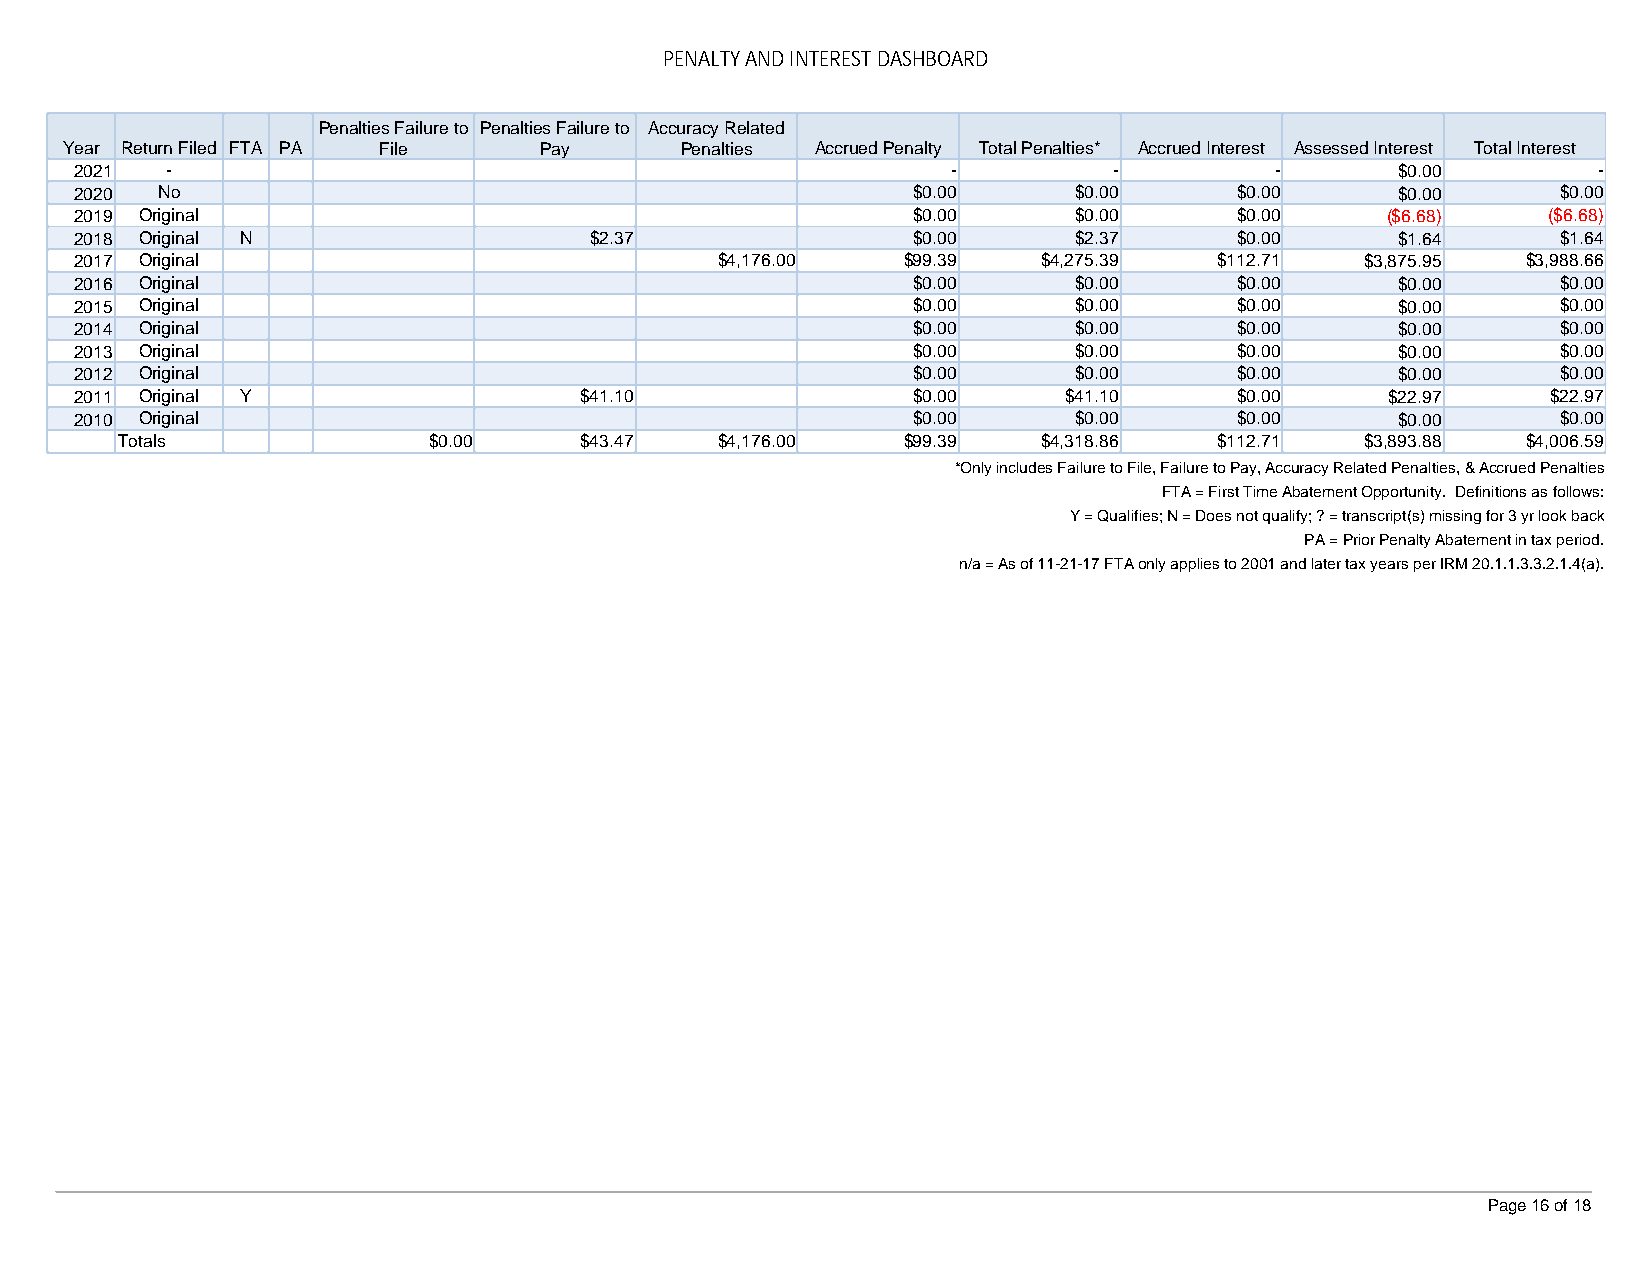
PENALTY AND INTEREST DASHBOARD
 Penalties Failure to Penalties Failure to Accuracy Related
 Year Return Filed FTA PA File   Pay      Penalties Accrued Penalty Total Penalties* Accrued Interest Assessed Interest Total Interest
 2021  -                                                   -          -         -        $0.00        -
 2020 No                                                $0.00      $0.00      $0.00      $0.00     $0.00
 2019 Original                                          $0.00      $0.00      $0.00     ($6.68)   ($6.68)
 2018 Original N                   $2.37                $0.00      $2.37      $0.00      $1.64     $1.64
 2017 Original                             $4,176.00    $99.39   $4,275.39   $112.71  $3,875.95  $3,988.66
 2016 Original                                          $0.00      $0.00      $0.00      $0.00     $0.00
 2015 Original                                          $0.00      $0.00      $0.00      $0.00     $0.00
 2014 Original                                          $0.00      $0.00      $0.00      $0.00     $0.00
 2013 Original                                          $0.00      $0.00      $0.00      $0.00     $0.00
 2012 Original                                          $0.00      $0.00      $0.00      $0.00     $0.00
 2011 Original Y                  $41.10                $0.00     $41.10      $0.00     $22.97     $22.97
 2010 Original                                          $0.00      $0.00      $0.00      $0.00     $0.00
 Totals              $0.00     $43.47   $4,176.00    $99.39   $4,318.86   $112.71  $3,893.88  $4,006.59
 *Only includes Failure to File, Failure to Pay, Accuracy Related Penalties, & Accrued Penalties
 FTA = First Time Abatement Opportunity. Definitions as follows:
 Y = Qualifies; N = Does not qualify; ? = transcript(s) missing for 3 yr look back
 PA = Prior Penalty Abatement in tax period.
 n/a = As of 11-21-17 FTA only applies to 2001 and later tax years per IRM 20.1.1.3.3.2.1.4(a).
 Page 16 of 18